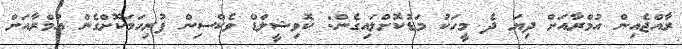
ރާއްޖެއިން އުމްރާއަށް ދިޔަ ދެ މީހަކު މަޑުކޮށްލައިގެން: ކޮވިޝީލްޑް ވެކްސިން ފުރިހަމަކޮށްގެން އުމްރާއަށް